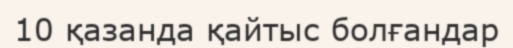
10 қазанда қайтыс болғандар